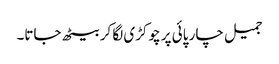
جمیل چار پائی پر چوکڑی لگا کر بیٹھ جاتا۔